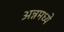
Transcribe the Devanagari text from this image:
अन्नमध्ये